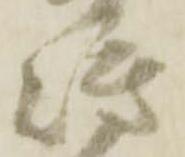
嶋